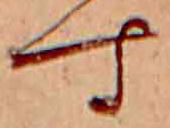
す